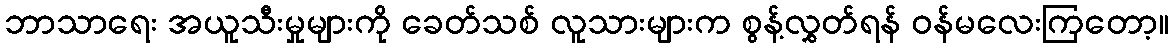
ဘာသာရေး အယူသီးမှုများကို ခေတ်သစ် လူသားများက စွန့်လွှတ်ရန် ဝန်မလေးကြတော့။